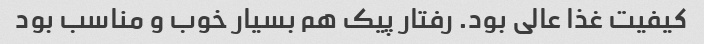
کیفیت غذا عالی بود. رفتار پیک هم بسیار خوب و مناسب بود